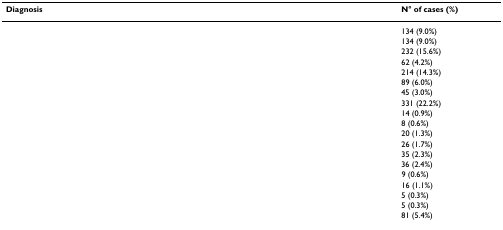
<table><thead><tr><td><b>Diagnosis</b></td><td><b>N° of cases (%)</b></td></tr></thead><tbody><tr><td>[EMPTY_CELL]</td><td>134 (9.0%)</td></tr><tr><td>[EMPTY_CELL]</td><td>134 (9.0%)</td></tr><tr><td>[EMPTY_CELL]</td><td>232 (15.6%)</td></tr><tr><td>[EMPTY_CELL]</td><td>62 (4.2%)</td></tr><tr><td>[EMPTY_CELL]</td><td>214 (14.3%)</td></tr><tr><td>[EMPTY_CELL]</td><td>89 (6.0%)</td></tr><tr><td>[EMPTY_CELL]</td><td>45 (3.0%)</td></tr><tr><td>[EMPTY_CELL]</td><td>331 (22.2%)</td></tr><tr><td>[EMPTY_CELL]</td><td>14 (0.9%)</td></tr><tr><td>[EMPTY_CELL]</td><td>8 (0.6%)</td></tr><tr><td>[EMPTY_CELL]</td><td>20 (1.3%)</td></tr><tr><td>[EMPTY_CELL]</td><td>26 (1.7%)</td></tr><tr><td>[EMPTY_CELL]</td><td>35 (2.3%)</td></tr><tr><td>[EMPTY_CELL]</td><td>36 (2.4%)</td></tr><tr><td>[EMPTY_CELL]</td><td>9 (0.6%)</td></tr><tr><td>[EMPTY_CELL]</td><td>16 (1.1%)</td></tr><tr><td>[EMPTY_CELL]</td><td>5 (0.3%)</td></tr><tr><td>[EMPTY_CELL]</td><td>5 (0.3%)</td></tr><tr><td>[EMPTY_CELL]</td><td>81 (5.4%)</td></tr></tbody></table>